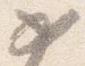
如